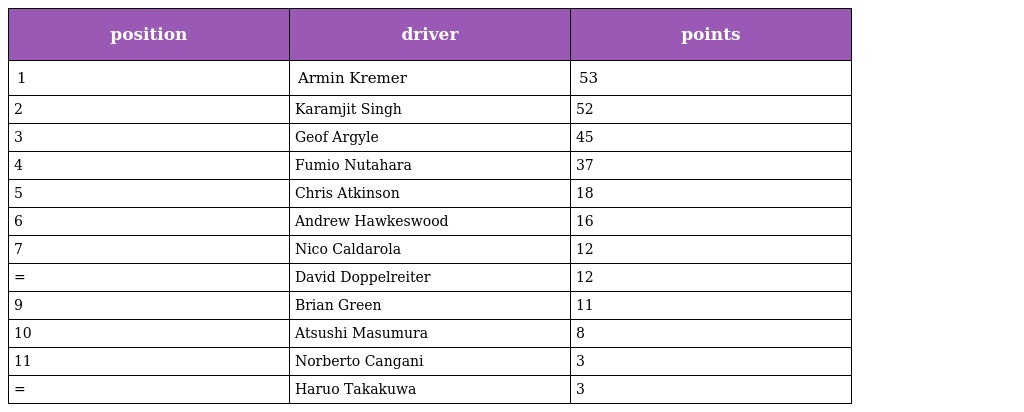
| position | driver | points |
 | --- | --- | --- |
 | 1 | Armin Kremer | 53 |
 | 2 | Karamjit Singh | 52 |
 | 3 | Geof Argyle | 45 |
 | 4 | Fumio Nutahara | 37 |
 | 5 | Chris Atkinson | 18 |
 | 6 | Andrew Hawkeswood | 16 |
 | 7 | Nico Caldarola | 12 |
 | = | David Doppelreiter | 12 |
 | 9 | Brian Green | 11 |
 | 10 | Atsushi Masumura | 8 |
 | 11 | Norberto Cangani | 3 |
 | = | Haruo Takakuwa | 3 |